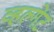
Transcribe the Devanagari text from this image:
व्हल्गेट